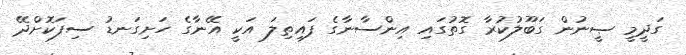
ގަދީމީ ޞީނުން ގަބޫލުކުރާ ގޮތުގައި އިންސާނާގެ ފައިތިލަ އަކީ އޭނާގެ ހަށިގަނޑު ސިފަކޮށްދޭ